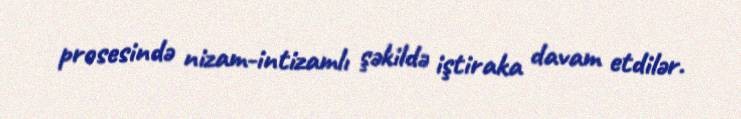
prosesində nizam-intizamlı şəkildə iştiraka davam etdilər.